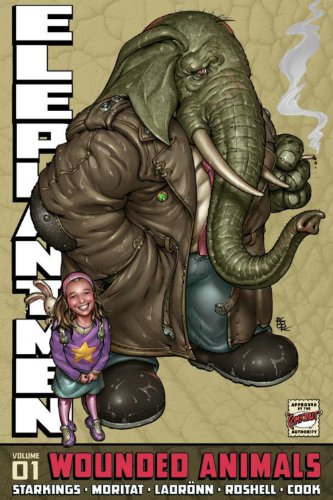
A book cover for Elephantmen Volume 1: Wounded Animals Revised Edition TP; Richard Starkings; Science Fiction & Fantasy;